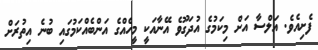
ފެށިއެވެ. އަލްސާ އަށް މިކަމުގެ އުދަގޫވެ އޭނާއަކީ މީހެއްގެ އަންބެއްކަމުގައި ބުނެ އިތުރަށް